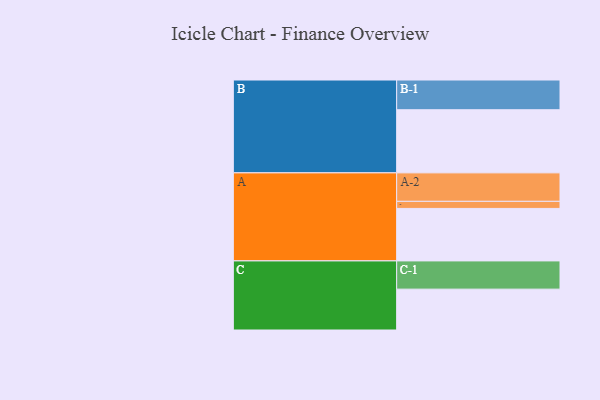
{"axis": {"x": "Segment", "y": "Value"}, "legend": ["", "A", "B", "C"], "data": [{"x": "A", "y": 415, "type": ""}, {"x": "B", "y": 499, "type": ""}, {"x": "C", "y": 323, "type": ""}, {"x": "A-1", "y": 56, "type": "A"}, {"x": "A-2", "y": 225, "type": "A"}, {"x": "B-1", "y": 235, "type": "B"}, {"x": "C-1", "y": 223, "type": "C"}]}